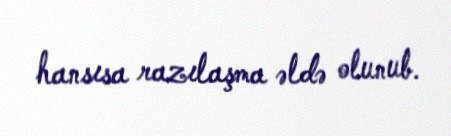
hansısa razılaşma əldə olunub.